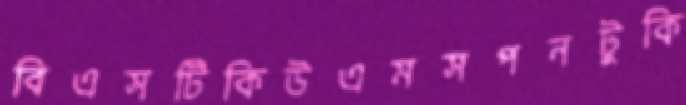
বিএসটিকিউএমসপনটুকি